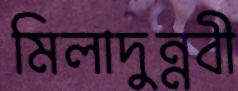
মিলাদুন্নবী